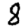
Digit: 8